Vaccination report Assam 1896-1927 - 1896-1927
Year: 1896
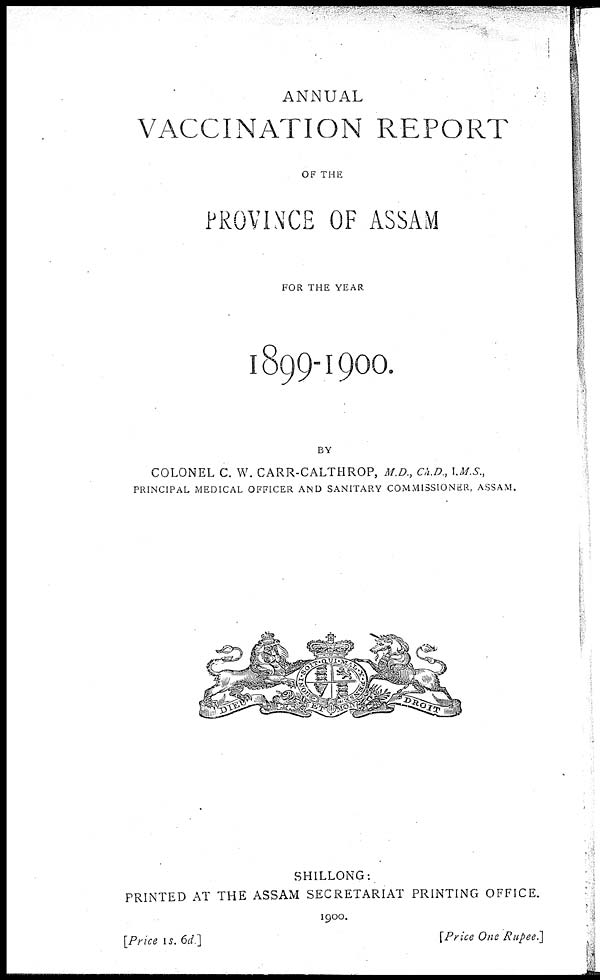
ANNUAL
VACCINATION REPORT
OF THE
PROVINCE OF ASSAM
FOR THE YEAR
1899-1900.
BY
COLONEL C. W. CARR-CALTHROP, M.D., Ch.D., I.M.S.,
PRINCIPAL MEDICAL OFFICER AND SANITARY COMMISSIONER, ASSAM.
SHILLONG:
PRINTED AT THE ASSAM SECRETARIAT PRINTING OFFICE.
1900.
[Price is. 6d.]
[Price One Rupee.]